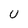
Character: U